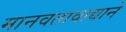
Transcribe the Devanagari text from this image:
मानवतावाद्याने